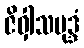
ဇိဝှါသမုဒ္ဒံ